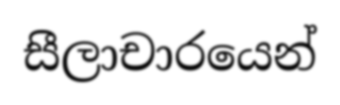
සීලාචාරයෙන්